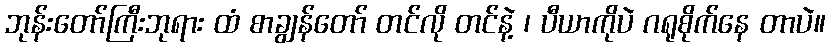
ဘုန်းတော်ကြီးဘုရား ထံ စာချွန်တော် တင်လို တင်နဲ့ ၊ ပီယာကိုပဲ ဂရုစိုက်နေ တာပဲ။